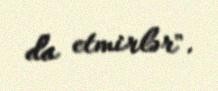
da etmirlər".